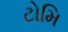
ટોમિ